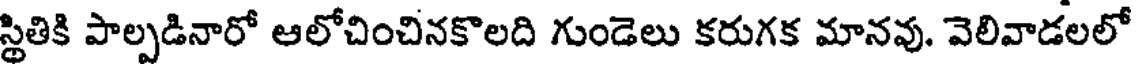
స్థితికి పాల్పడినారో ఆలోచించినకొలది గుండెలు కరుగక మానవు. వెలివాడలలో